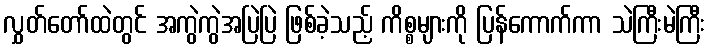
လွှတ်တော်ထဲတွင် အကွဲကွဲအပြဲပြဲ ဖြစ်ခဲ့သည့် ကိစ္စများကို ပြန်ကောက်ကာ သဲကြီးမဲကြီး